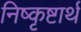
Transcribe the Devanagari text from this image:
निष्कृष्टार्थ